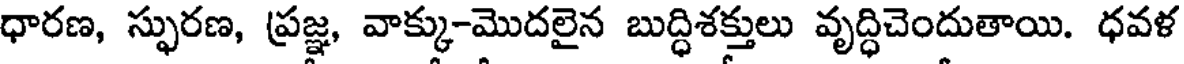
ధారణ, స్ఫురణ, ప్రజ్ఞ, వాక్కు-మొదలైన బుద్ధిశక్తులు వృద్ధిచెందుతాయి. ధవళ